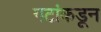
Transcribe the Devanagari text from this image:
गटांकडून